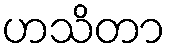
ဟသိတာ